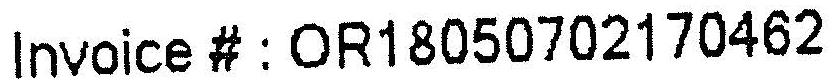
INVOICE # : OR18050702170462